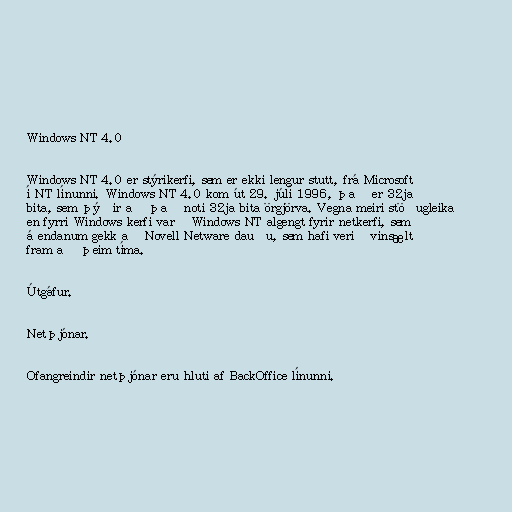
Windows NT 4.0

Windows NT 4.0 er stýrikerfi, sem er ekki lengur stutt, frá Microsoft
í NT línunni. Windows NT 4.0 kom út 29. júlí 1996, það er 32ja
bita, sem þýðir að það noti 32ja bita örgjörva. Vegna meiri stöðugleika
en fyrri Windows kerfi varð Windows NT algengt fyrir netkerfi, sem
á endanum gekk að Novell Netware dauðu, sem hafi verið vinsælt
fram að þeim tíma.

Útgáfur.

Netþjónar.

Ofangreindir netþjónar eru hluti af BackOffice línunni.